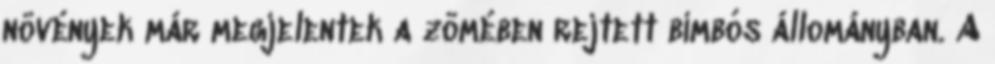
növények már megjelentek a zömében rejtett bimbós állományban. A